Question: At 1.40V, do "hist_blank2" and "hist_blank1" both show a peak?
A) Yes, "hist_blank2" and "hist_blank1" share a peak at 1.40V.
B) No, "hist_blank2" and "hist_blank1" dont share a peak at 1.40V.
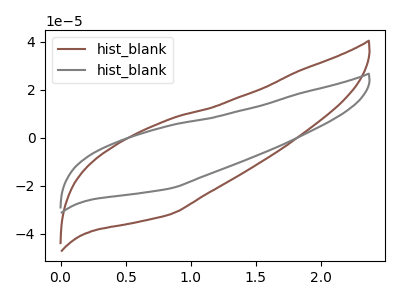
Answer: <think>The brown curve "hist_blank1" has no peaks. The gray curve "hist_blank2" has no peaks.</think>
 <answer>B) No, "hist_blank2" and "hist_blank1" dont share a peak at 1.40V.</answer>
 <eval>B</eval>